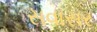
સવાસર